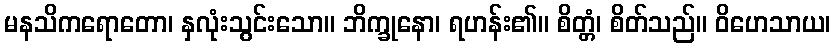
မနသိကရောတော၊ နှလုံးသွင်းသော။ ဘိက္ခုနော၊ ရဟန်း၏။ စိတ္တံ၊ စိတ်သည်။ ဝိဟေသာယ၊